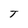
Character: T